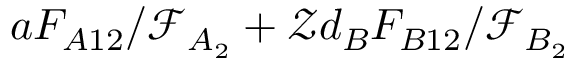
a F _ { A 1 2 } / \mathcal { F } _ { A _ { 2 } } + \mathcal { Z } d _ { B } F _ { B 1 2 } / \mathcal { F } _ { B _ { 2 } }